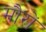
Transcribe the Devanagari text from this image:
मौरों